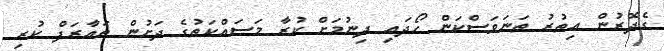
ގެދޮރުން އިތުރު ތަނަވަސްކަން ހޯދައި ދިނުމަށް ކުރާ މަސައްކަތުގެ ދަށުން ތައާރަފް ކުރި